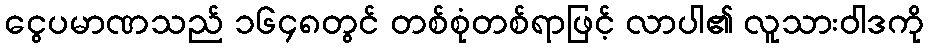
ငွေပမာဏသည် ၁၆၄၈တွင် တစ်စုံတစ်ရာဖြင့် လာပါ၏ လူသားဝါဒကို